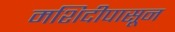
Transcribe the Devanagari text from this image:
मशिदीपासून